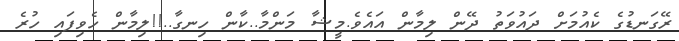
ރޭގަނޑުގެ ކެއުމަށް ދައުވަތު ދޭން ލިމާން އައެވެ.މީޝާ މަންމާ..ކާން ހިނގާ..!!ލިމާން ހެވިފައި ހުރެ